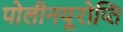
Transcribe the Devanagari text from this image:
पोलीनयूरोप्ति